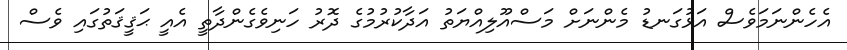
އެހެންނަމަވެސް އަޅުގަނޑު މެންނަށް މަސްއޫލިއްޔަތު އަދާކުރުމުގެ ދޮރު ހަނިވެގެންދާތީ އެއީ ޙަޤީޤަތުގައި ވެސް